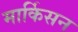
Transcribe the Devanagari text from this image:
मार्किसन